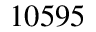
1 0 5 9 5